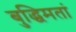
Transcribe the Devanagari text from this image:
बुद्धिमतां